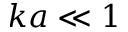
k a \ll 1